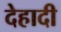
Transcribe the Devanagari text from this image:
देहादी